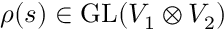
\rho ( s ) \in { \mathrm { G L } } ( V _ { 1 } \otimes V _ { 2 } )